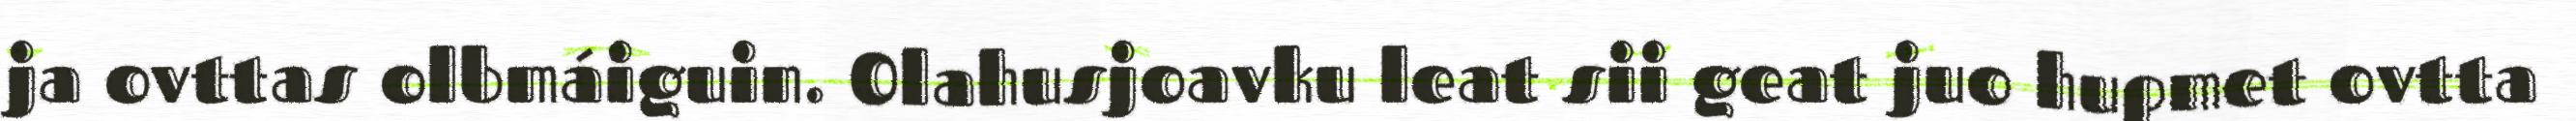
ja ovttas olbmáiguin. Olahusjoavku leat sii geat juo hupmet ovtta